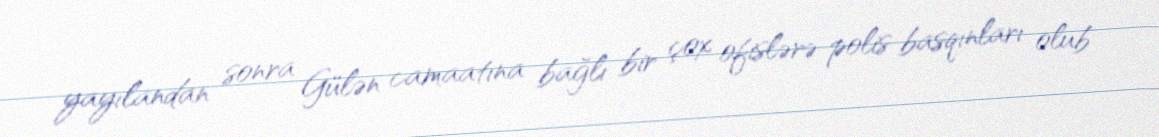
yayılandan sonra Gülən camaatına bağlı bir çox ofislərə polis basqınları olub